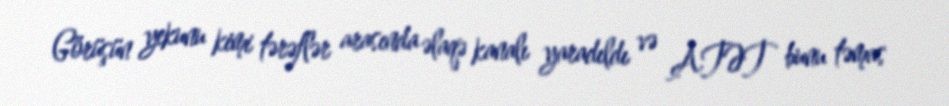
Görüşün yekunu kimi tərəflər arasında əlaqə kanalı yaradıldı və ATƏT bunu təmas